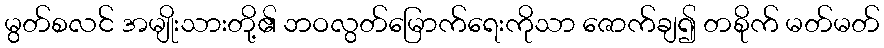
မွတ်စလင် အမျိုးသားတို့၏ ဘဝလွတ်မြောက်ရေးကိုသာ ဇောက်ချ၍ တစိုက် မတ်မတ်